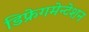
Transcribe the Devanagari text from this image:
डिफ्रेगमेन्टेशन